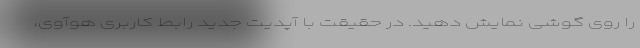
را روی گوشی نمایش دهید. در حقیقت با آپدیت جدید رابط کاربری هوآوی،